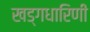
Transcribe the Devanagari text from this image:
खड्गधारिणी